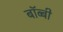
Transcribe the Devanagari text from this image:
बॉब्बी